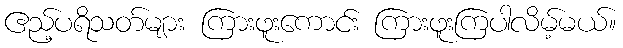
ဧည့်ပရိသတ်များ ကြားဖူးကောင်း ကြားဖူးကြပါလိမ့်မယ်။